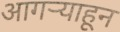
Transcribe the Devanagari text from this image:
आगऱ्याहून